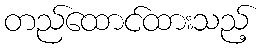
တည်ထောင်ထားသည့်